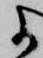
に